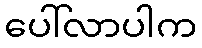
ပေါ်လာပါက